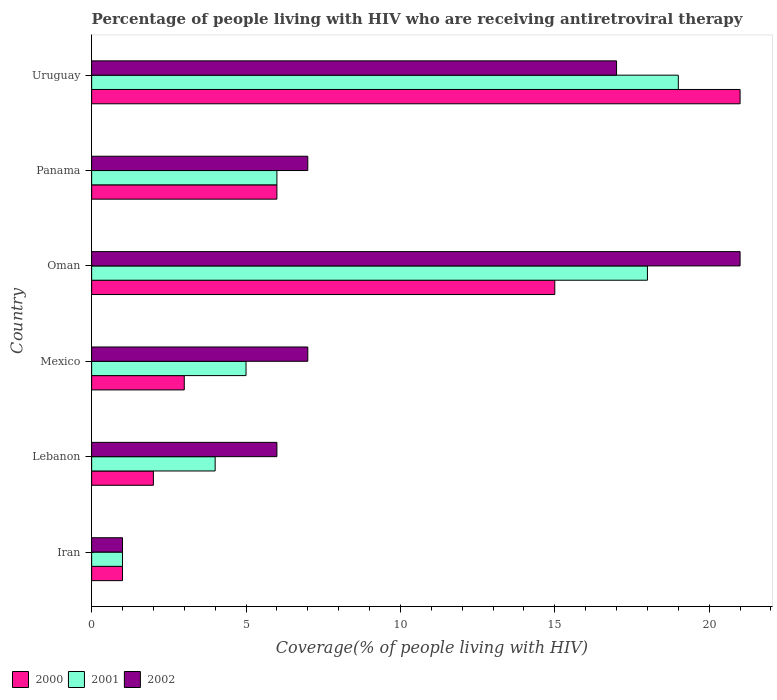
| Country | 2000 | 2001 | 2002 |
 | --- | --- | --- | --- |
 | Iran | 1 | 1 | 1 |
 | Lebanon | 2 | 4 | 6 |
 | Mexico | 3 | 5 | 7 |
 | Oman | 15 | 18 | 21 |
 | Panama | 6 | 6 | 7 |
 | Uruguay | 21 | 19 | 17 |